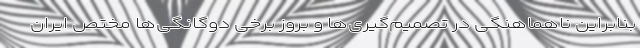
بنابراین ناهماهنگی در تصمیم‌گیری‌ها و بروز برخی دوگانگی‌ها مختص ایران